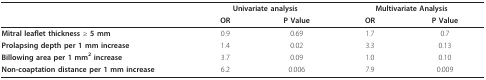
<table><thead><tr><td></td><td colspan="2"><b>Univariate analysis</b></td><td colspan="2"><b>Multivariate Analysis</b></td></tr><tr><td></td><td><b>OR</b></td><td><b>P Value</b></td><td><b>OR</b></td><td><b>P Value</b></td></tr></thead><tbody><tr><td><b>Mitral leaflet thickness </b>≥ <b>5 mm</b></td><td>0.9</td><td>0.69</td><td>1.7</td><td>0.7</td></tr><tr><td><b>Prolapsing depth per 1 mm increase</b></td><td>1.4</td><td>0.02</td><td>3.3</td><td>0.13</td></tr><tr><td><b>Billowing area per 1 mm<sup>2 </sup>increase</b></td><td>3.7</td><td>0.09</td><td>1.0</td><td>0.10</td></tr><tr><td><b>Non-coaptation distance per 1 mm increase</b></td><td>6.2</td><td>0.006</td><td>7.9</td><td>0.009</td></tr></tbody></table>